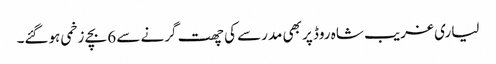
لیاری غریب شاہ روڈ پر بھی مدرسے کی چھت گرنے سے 6 بچے زخمی ہوگئے۔